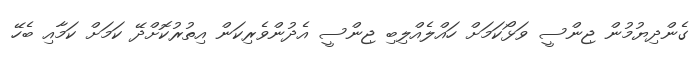
ގެންދިޔުމުން ޖިންސީ ވަޅޯކަމަށް ހައްލެއްލިބި ޖިންސީ އެދުންވެރިކަން އިތުރުކޮށްދޭ ކަމަށް ކަމާއި ބެހޭ